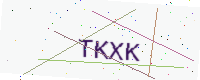
Text: TKXK